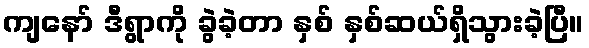
ကျနော် ဒီရွာကို ခွဲခဲ့တာ နှစ် နှစ်ဆယ်ရှိသွားခဲ့ပြီ။